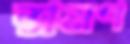
শ্রমণ